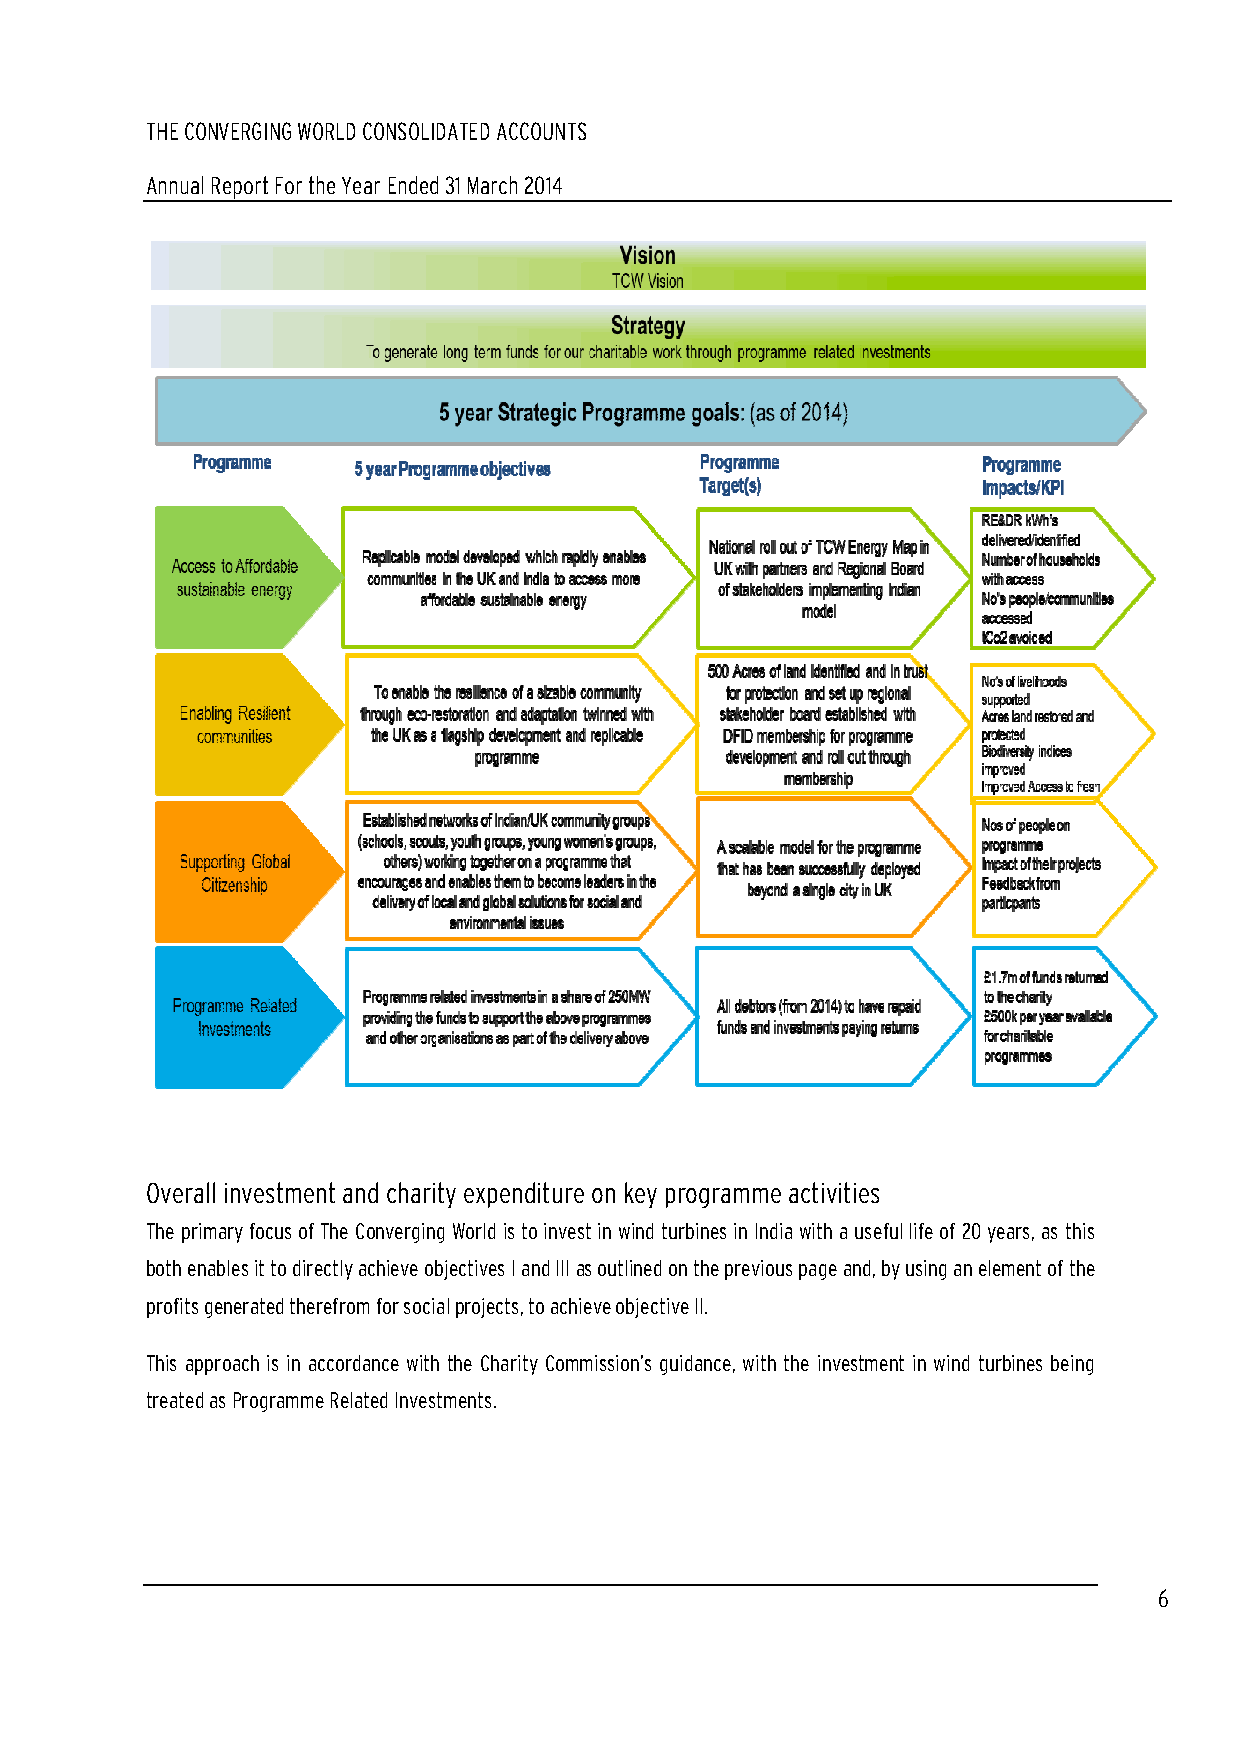
THE CONNVVEERRGGIINNGG WWOORRLLDD CCOONNSSOOLLIIDDAATTEEDD AACCCCOOUUNNTTSS
 AAnnnnuuaall RReeppoorrtt FFoorr tthhee YYeeaarr EEnnddeedd 3311 MMaarrcchh 22001144
 OOOvvveeerrraaallllll iiinnnvvveeessstttmmmeeennnttt aaannnddd ccchhhaaarrriiitttyyy eeexxxpppeeennndddiiitttuuurrreee ooonnn kkkeeeyyy ppprrrooogggrrraaammmmmmeee aaaccctttiiivvviiitttiiieeesss
 The primary focus of The Coonnvveerrggiinngg World iiss ttoo iinnvveesstt iinn wwiinndd ttuurrbbiinneess iinn IInnddiiaa wwiitthh aa uusseeffuull lliiffee ooff 2200 yyeeaarrss,, aass tthhiiss
 bbootthh eennaabblleess iitt ttoo ddiirreeccttllyy aacchhiieevvee oobbjjeeccttiivveess II aanndd IIIIII as outlined on the previous page aanndd,, bbyy uussiinngg aann eelleemmeenntt ooff tthhee
 pprrooffiittss ggeenneerraatteedd tthheerreeffrroomm ffoorr ssoocciiaall projects, to achieve objective II.
 TTThhhiiisss aaapppppprrroooaaaccchhh iiisss iiinnn aaaccccccooorrrdddaaannnccceee wwwiiittthhh ttthhheee CCChhhaaarrriiitttyyy CCCooommmmmmiiissssssiiiooonnn’’’sss ggguuuiiidddaaannnccceee,,, wwwiiittthhh ttthhheee iiinnnvvveeessstttmmmeeennnttt iiinnn wwwiiinnnddd tttuuurrrbbbiiinnneeesss bbbeeeiiinnnggg
 ttrreeaatteedd aass PPrrooggrraammmmee RReellaatteedd IInnvveessttmmeennttss..
 6